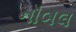
નૉબલ